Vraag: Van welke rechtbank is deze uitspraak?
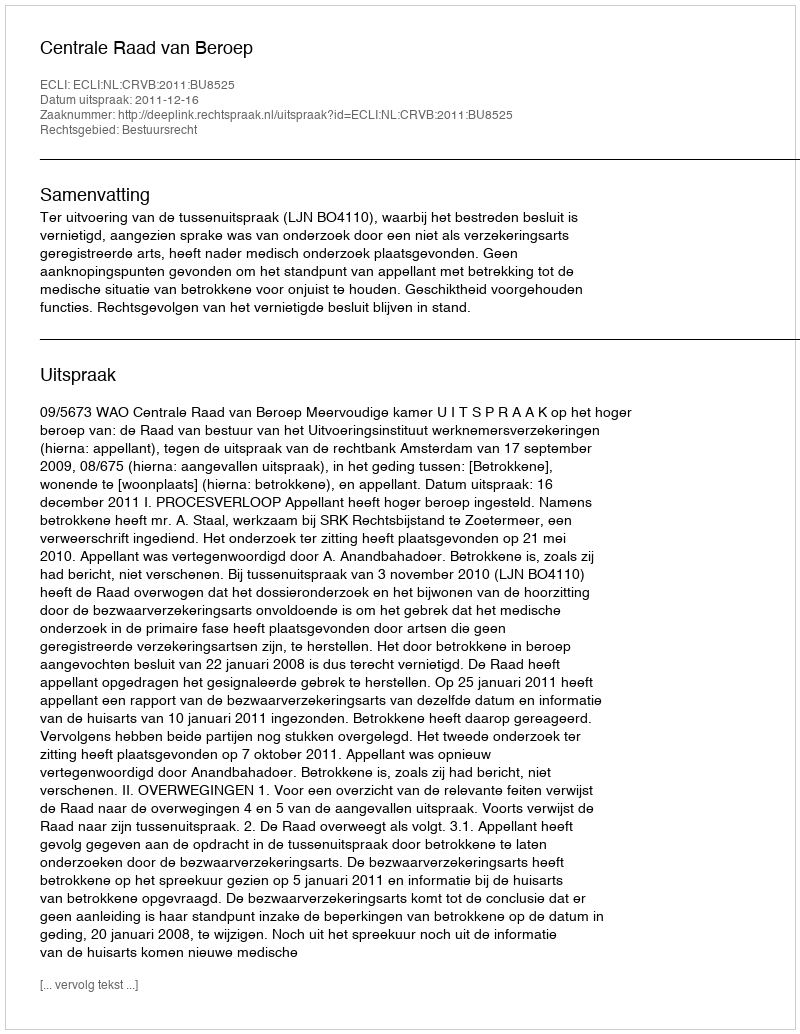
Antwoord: Centrale Raad van Beroep